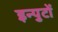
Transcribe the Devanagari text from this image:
इन्पुटों